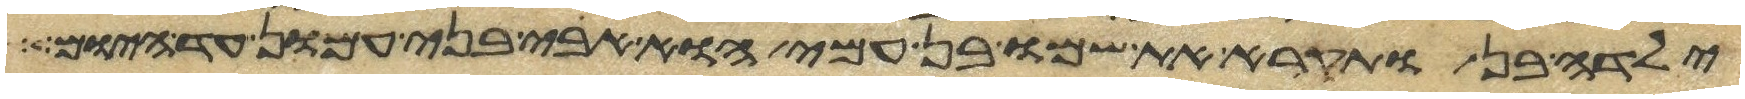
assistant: ילדה בן ותקרא את שמו בן עמי הוא אבי בני עמון עד היום